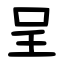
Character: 呈